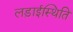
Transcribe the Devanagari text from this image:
लड़ाईस्थिति